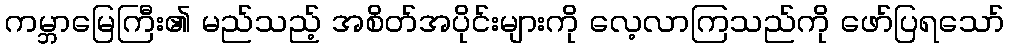
ကမ္ဘာမြေကြီး၏ မည်သည့် အစိတ်အပိုင်းများကို လေ့လာကြသည်ကို ဖော်ပြရသော်